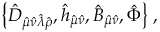
\left\{ \hat { D } _ { \hat { \mu } \hat { \nu } \hat { \lambda } \hat { \rho } } , \hat { h } _ { \hat { \mu } \hat { \nu } } , \hat { { \cal B } } _ { \hat { \mu } \hat { \nu } } , \hat { \Phi } \right\} \, ,